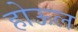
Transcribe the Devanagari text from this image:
होऊल